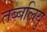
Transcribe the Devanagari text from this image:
तब्बलियु